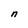
Character: n